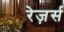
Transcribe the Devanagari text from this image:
रेज़र्स